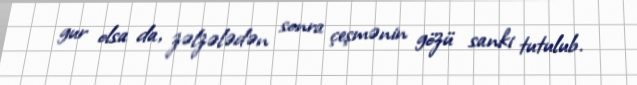
gur olsa da, zəlzələdən sonra çeşmənin gözü sanki tutulub.